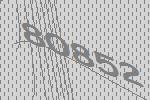
80852